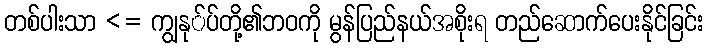
တစ်ပါးသာ <= ကျွနု်ပ်တို့၏ဘဝကို မွန်ပြည်နယ်အစိုးရ တည်ဆောက်ပေးနိုင်ခြင်း